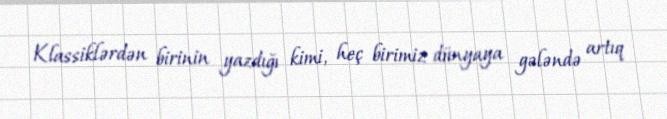
Klassiklərdən birinin yazdığı kimi, heç birimiz dünyaya gələndə artıq